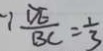
\because \frac { D E } { B C } = \frac { 1 } { 3 }